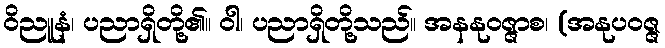
ဝိညူနံ၊ ပညာရှိတို့၏။ ဝါ၊ ပညာရှိတို့သည်။ အနနုဝဇ္ဇာစ၊ (အနုပဝဇ္ဇ